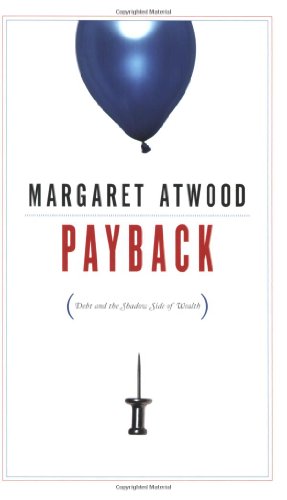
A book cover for Payback: Debt and the Shadow Side of Wealth; Margaret Atwood; Business & Money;